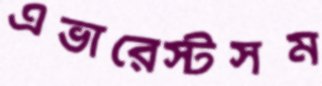
এভারেস্টসম